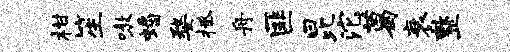
柑笙嗷蟠婺拯舟匪昆沱葛衰整